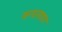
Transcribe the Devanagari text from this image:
वन्‍दनवार